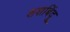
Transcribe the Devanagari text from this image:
शशबिंदू